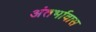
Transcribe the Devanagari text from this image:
अंतर्भावास